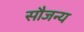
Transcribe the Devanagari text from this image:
सौजन्‍य